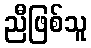
ညီဖြစ်သူ